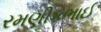
રમણીકભાઈ